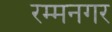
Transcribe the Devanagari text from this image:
रम्मनगर